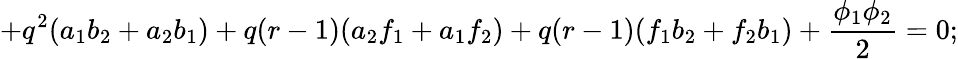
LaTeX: +q^{2}(a_{1}b_{2}+a_{2}b_{1})+q(r-1)(a_{2}f_{1}+a_{1}f_{2})+q(r-1)(f_{1}b_{2}+f_{2}b_{1})+\frac{\phi_{1}\phi_{2}}{2}=0;